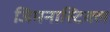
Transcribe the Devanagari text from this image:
जिमनास्टिक्ल